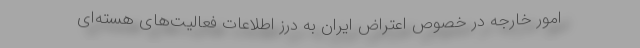
امور خارجه در خصوص اعتراض ایران به درز اطلاعات فعالیت‌های هسته‌ای